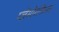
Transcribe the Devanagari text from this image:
प्लेमोरफिज्म